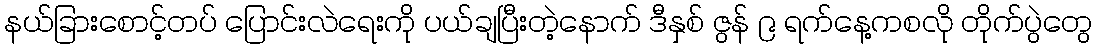
နယ်ခြားစောင့်တပ် ပြောင်းလဲရေးကို ပယ်ချပြီးတဲ့နောက် ဒီနှစ် ဇွန် ၉ ရက်နေ့ကစလို တိုက်ပွဲတွေ